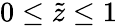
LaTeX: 0\leq\tilde{z}\leq 1